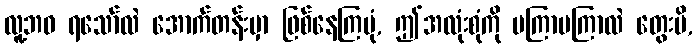
လူ့ဘဝ ရသော်လဲ အောက်တန်းမှာ ဖြစ်နေကြပုံ, ဤအလုံးစုံကို မကြာမကြာလဲ တွေးမိ,